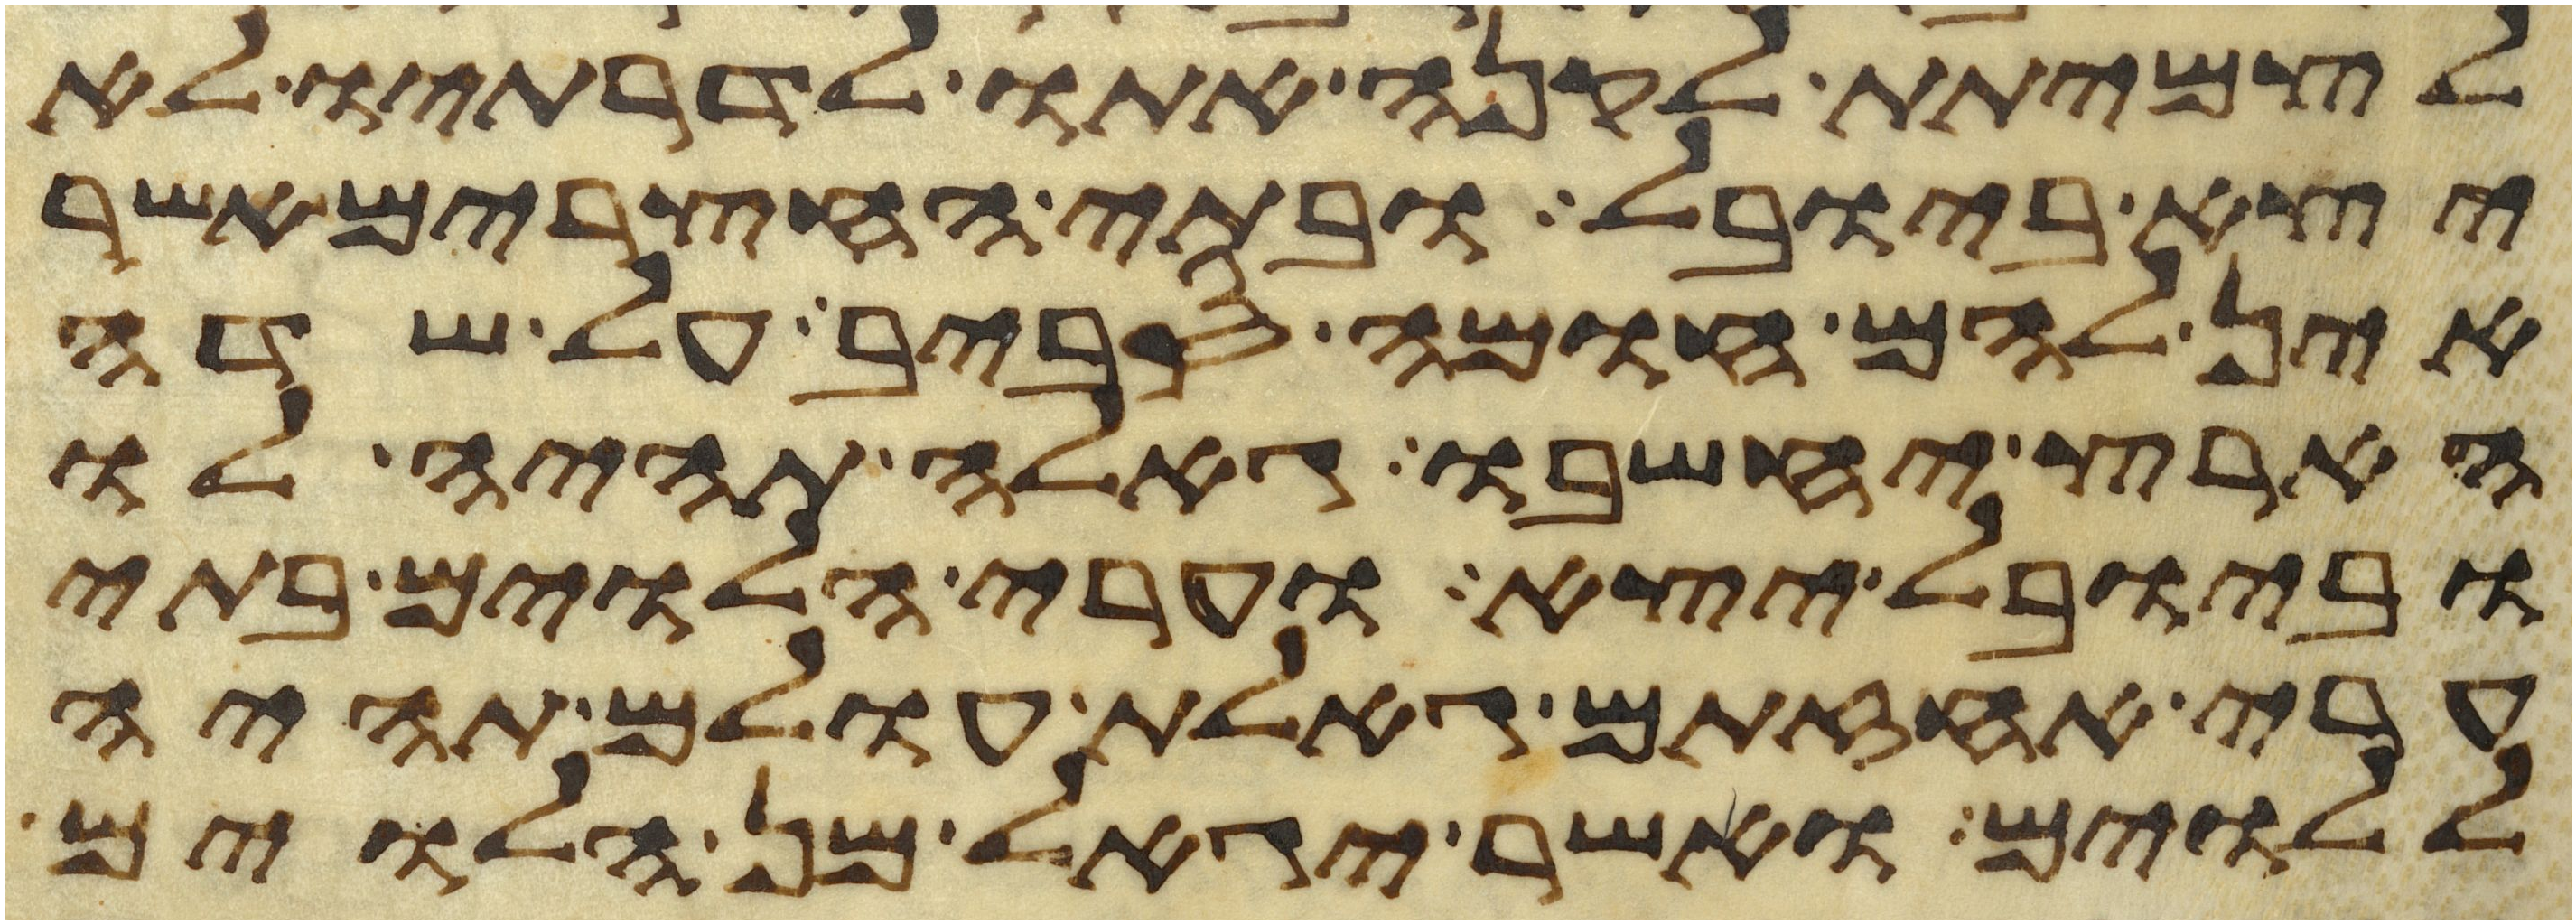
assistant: לצמיתת לקנה אתו לדרתיו לא
יצא ביובל ובתי החצרים אשר
אין להם חומה סביב על שדה
הארץ יחשבו גאלה תהיה לו
וביובל יצא וערי הלוים בתי
ערי אחזתם גאלת עולם תהיה
ללוים ואשר יגאל מן הלוים